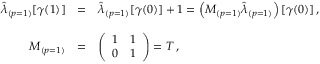
\begin{array} { r c l } { { \hat { \lambda } _ { ( p = 1 ) } [ \gamma ( 1 ) ] } } & { { = } } & { { \hat { \lambda } _ { ( p = 1 ) } [ \gamma ( 0 ) ] + 1 = \left( M _ { ( p = 1 ) } \hat { \lambda } _ { ( p = 1 ) } \right) [ \gamma ( 0 ) ] \, , } } \\ { { } } & { { } } & { { } } \\ { { M _ { ( p = 1 ) } } } & { { = } } & { { \left( \begin{array} { c c } { { 1 } } & { { 1 } } \\ { { 0 } } & { { 1 } } \end{array} \right) = T \, , } } \end{array}